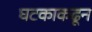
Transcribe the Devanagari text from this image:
घटकाकढून